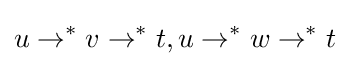
u\to ^{*}v\to ^{*}t,u\to ^{*}w\to ^{*}t